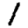
Digit: 1